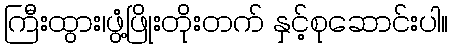
ကြီးထွား၊ဖွံ့ဖြိုးတိုးတက် နှင့်စုဆောင်းပါ။